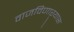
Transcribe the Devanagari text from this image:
वाजविणाऱ्यास